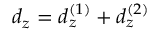
d _ { z } = d _ { z } ^ { ( 1 ) } + d _ { z } ^ { ( 2 ) }